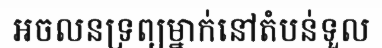
អចលនទ្រព្យម្នាក់នៅតំបន់ទួល